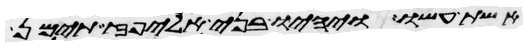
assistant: אשת עשו ויהיו בני אליפז תימן